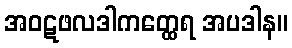
အဝဋဖလဒါကတ္ထေရ အပဒါန။